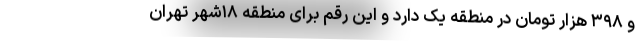
و ۳۹۸ هزار تومان در منطقه یک دارد و این رقم برای منطقه ۱۸شهر تهران